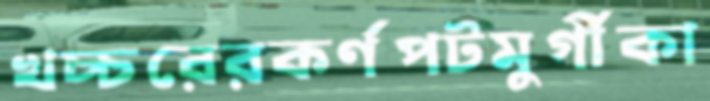
খচ্চরেরকর্ণপটমুর্গীকা